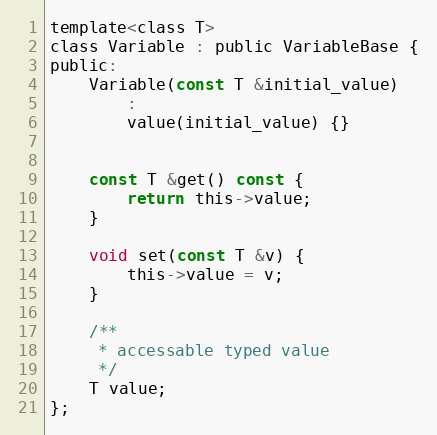
Language: C
template<class T>
class Variable : public VariableBase {
public:
	Variable(const T &initial_value)
		:
		value(initial_value) {}

	const T &get() const {
		return this->value;
	}

	void set(const T &v) {
		this->value = v;
	}

	/**
	 * accessable typed value
	 */
	T value;
};